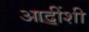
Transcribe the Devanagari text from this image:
आदींशी